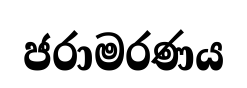
ජරාමරණය